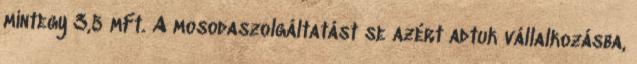
mintegy 3,5 mFt. A mosodaszolgáltatást se azért adtuk vállalkozásba,